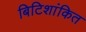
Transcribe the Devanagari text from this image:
बिटिशांकित